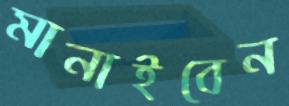
মানাইবেন